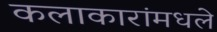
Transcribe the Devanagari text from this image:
कलाकारांमधले